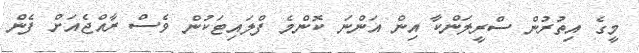
މީގެ އިތުރުން ސްރީލަންކާ އިން އަންނަ ކޮންމެ ފްލައިޓަކުން ވެސް ރާއްޖެއަށް ފެން